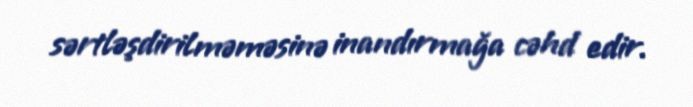
sərtləşdirilməməsinə inandırmağa cəhd edir.